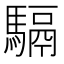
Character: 䮥